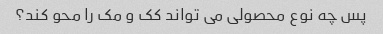
پس چه نوع محصولی می تواند کک و مک را محو کند؟